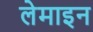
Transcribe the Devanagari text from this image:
लेमाइन